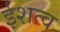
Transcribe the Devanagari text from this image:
ईशत्व